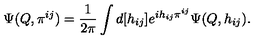
\Psi ( Q , \pi ^ { i j } ) = \frac { 1 } { 2 \pi } \int d [ h _ { i j } ] e ^ { i h _ { i j } \pi ^ { i j } } \Psi ( Q , h _ { i j } ) .